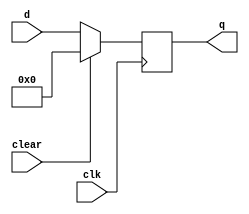

module pipo_reg(clk,clear,d,q);

input clk,clear;

output reg [3:0]  q;
input [3:0] d;


always @(posedge clk )
begin
if (clear)

q=  4'b0000;


else


q=d;
end

endmodule